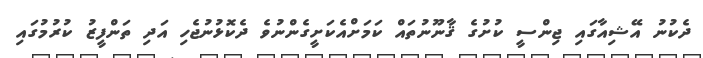
ދެކުނު އޭޝިއާގައި ޖިންސީ ކުށުގެ ޤާނޫނުތައް ކަމަށްއެކަށީގެންނުވެ ދެކޮޅުނުޖެހި އަދި ތަންފީޒު ކުރުމުގައި